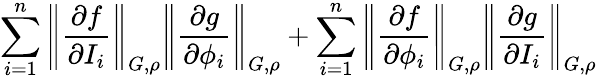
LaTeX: \displaystyle\sum_{i=1}^{n}\left\| \frac{\partial f}{\partial I_{i}}\right\| _{G,\rho}\left\| \frac{\partial g}{\partial\phi_{i}}\right\| _{G,\rho}+\sum_{i=1}^{n}\left\| \frac{\partial f}{\partial\phi_{i}}\right\| _{G,\rho}\left\| \frac{\partial g}{\partial I_{i}}\right\| _{G,\rho}